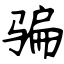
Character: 骗